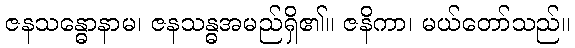
ဇနသန္ဓောနာမ၊ ဇနသန္ဓအမည်ရှိ၏။ ဇနိကာ၊ မယ်တော်သည်။